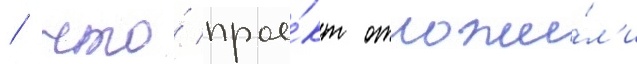
/ что́ прое́кт отложи́л'и